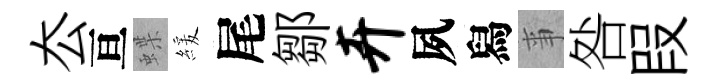
厺亘蝶緩尾鄒卉夙舄亊咎叚